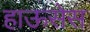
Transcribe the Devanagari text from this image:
हाऊसेस